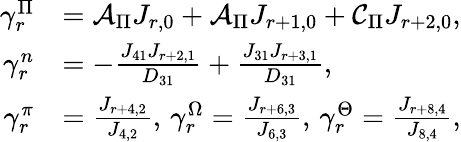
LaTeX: \begin{array}{rl}{\gamma_{r}^{\Pi}}&{=\mathcal{A}_{\Pi}J_{r,0}+\mathcal{A}_{\Pi}J_{r+1,0}+\mathcal{C}_{\Pi}J_{r+2,0},}\\ {\gamma_{r}^{n}}&{=-\frac{J_{41}J_{r+2,1}}{D_{31}}+\frac{J_{31}J_{r+3,1}}{D_{31}},}\\ {\gamma_{r}^{\pi}}&{=\frac{J_{r+4,2}}{J_{4,2}},\, \gamma_{r}^{\Omega}=\frac{J_{r+6,3}}{J_{6,3}},\, \gamma_{r}^{\Theta}=\frac{J_{r+8,4}}{J_{8,4}},}\end{array}